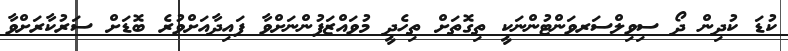
ކުޑަ ކުދިން ދޯ ސިވިލްސަރވަންޓުންނަކީ ތިގޮތަށް ތިހެދީ މުވައްޒަފުންނަށްވާ ފައިދާއަށްވުރެ ބޮޑަށް ސަރުކާރަށްވާ